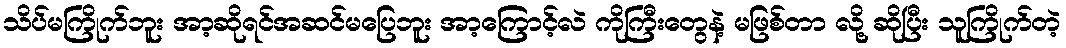
သိပ်မကြိုက်ဘူး အာ့ဆိုရင်အဆင်မပြေဘူး အာ့ကြောင့်လဲ ကိုကြီးတွေနဲ့ မဖြစ်တာ လို့ ဆိုပြီး သူကြိုက်တဲ့